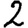
Digit: 2